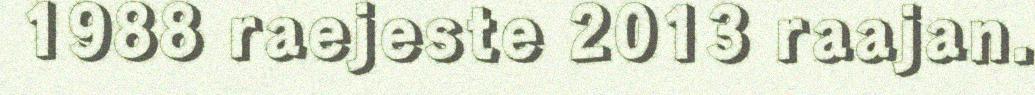
1988 raejeste 2013 raajan.